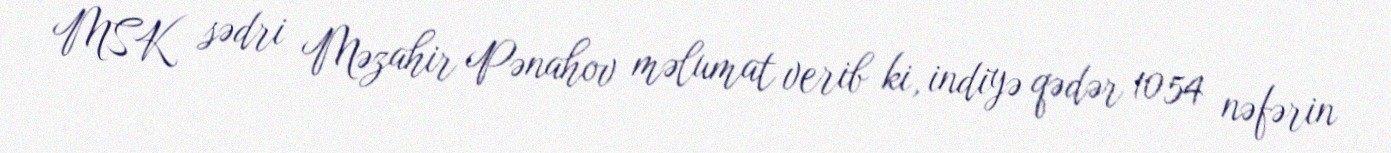
MSK sədri Məzahir Pənahov məlumat verib ki, indiyə qədər 1054 nəfərin